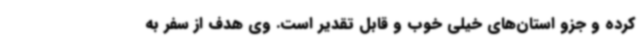
کرده و جزو استان‌های خیلی خوب و قابل تقدیر است. وی هدف از سفر به